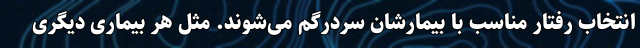
انتخاب رفتار مناسب با بیمارشان سردرگم می‌شوند. مثل هر بیماری دیگری